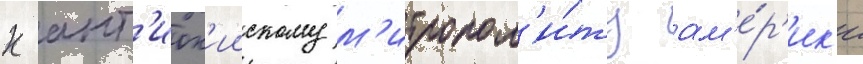
к ант'иох'иискому м'итропол'и́ту ам'е́р'ик'и